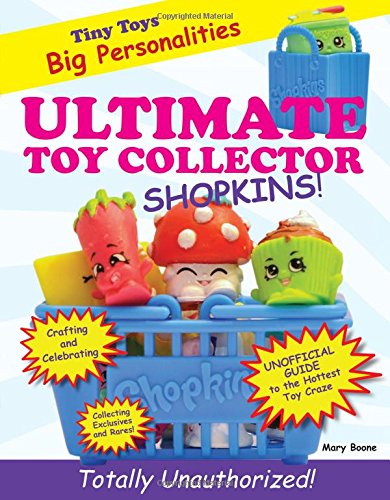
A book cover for Ultimate Toy Collector: Shopkins; Mary Boone; Crafts, Hobbies & Home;